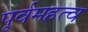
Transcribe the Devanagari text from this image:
पूर्वमहत्व